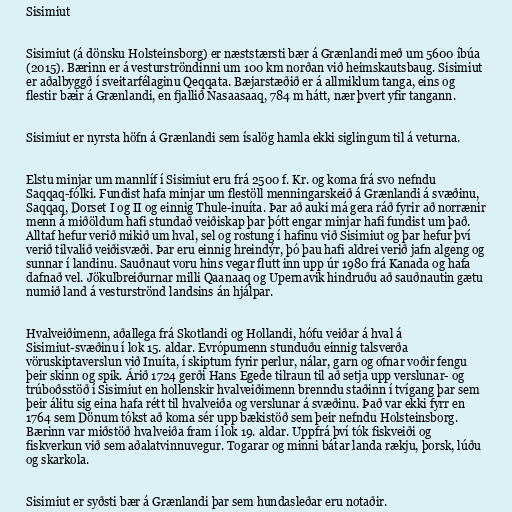
Sisimiut

Sisimiut (á dönsku Holsteinsborg) er næststærsti bær á Grænlandi með um 5600 íbúa
(2015). Bærinn er á vesturströndinni um 100 km norðan við heimskautsbaug. Sisimiut
er aðalbyggð í sveitarfélaginu Qeqqata. Bæjarstæðið er á allmiklum tanga, eins og
flestir bæir á Grænlandi, en fjallið Nasaasaaq, 784 m hátt, nær þvert yfir tangann.

Sisimiut er nyrsta höfn á Grænlandi sem ísalög hamla ekki siglingum til á veturna.

Elstu minjar um mannlíf í Sisimiut eru frá 2500 f. Kr. og koma frá svo nefndu
Saqqaq-fólki. Fundist hafa minjar um flestöll menningarskeið á Grænlandi á svæðinu,
Saqqaq, Dorset I og II og einnig Thule-inuíta. Þar að auki má gera ráð fyrir að norrænir
menn á miðöldum hafi stundað veiðiskap þar þótt engar minjar hafi fundist um það.
Alltaf hefur verið mikið um hval, sel og rostung í hafinu við Sisimiut og þar hefur því
verið tilvalið veiðisvæði. Þar eru einnig hreindýr, þó þau hafi aldrei verið jafn algeng og
sunnar í landinu. Sauðnaut voru hins vegar flutt inn upp úr 1980 frá Kanada og hafa
dafnað vel. Jökulbreiðurnar milli Qaanaaq og Upernavik hindruðu að sauðnautin gætu
numið land á vesturströnd landsins án hjálpar.

Hvalveiðimenn, aðallega frá Skotlandi og Hollandi, hófu veiðar á hval á
Sisimiut-svæðinu í lok 15. aldar. Evrópumenn stunduðu einnig talsverða
vöruskiptaverslun við Inuíta, í skiptum fyrir perlur, nálar, garn og ofnar voðir fengu
þeir skinn og spik. Árið 1724 gerði Hans Egede tilraun til að setja upp verslunar- og
trúboðsstöð í Sisimiut en hollenskir hvalveiðimenn brenndu staðinn í tvígang þar sem
þeir álitu sig eina hafa rétt til hvalveiða og verslunar á svæðinu. Það var ekki fyrr en
1764 sem Dönum tókst að koma sér upp bækistöð sem þeir nefndu Holsteinsborg.
Bærinn var miðstöð hvalveiða fram í lok 19. aldar. Uppfrá því tók fiskveiði og
fiskverkun við sem aðalatvinnuvegur. Togarar og minni bátar landa rækju, þorsk, lúðu
og skarkola.

Sisimiut er syðsti bær á Grænlandi þar sem hundasleðar eru notaðir.